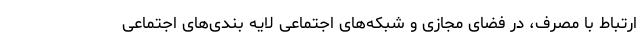
ارتباط با مصرف، در فضای مجازی و شبکه‌های اجتماعی لایه بندی‌های اجتماعی